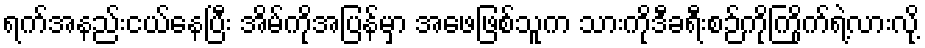
ရက်အနည်းငယ်နေပြီး အိမ်ကိုအပြန်မှာ အဖေဖြစ်သူက သားကိုဒီခရီးစဉ်ကိုကြိုက်ရဲ့လားလို့